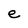
Character: e